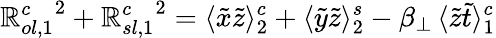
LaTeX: {\mathbb{R}_{ol,1}^{c}}^{2}+{\mathbb{R}_{sl,1}^{c}}^{2}=\langle\tilde{{x}}\tilde{{z}}\rangle_{2}^{c}+\langle\tilde{{y}}\tilde{{z}}\rangle_{2}^{s}-\beta_{\perp}\, \langle\tilde{{z}}\tilde{{t}}\rangle_{1}^{c}